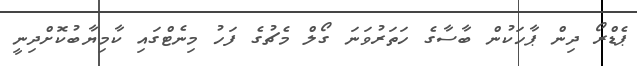
ޕެޑްރޯ ދިން ޕާހަކުން ބާސާގެ ހަތަރުވަނަ ގޯލް މެޗުގެ ފަހު މިނެޓްގައި ކާމިޔާބުކޮށްދިނީ